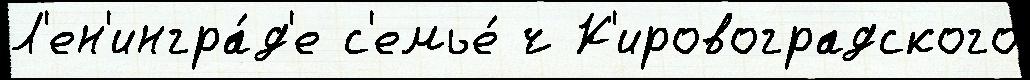
Л'ен'ингра́д'е с'емье́ ч К'ировоградского